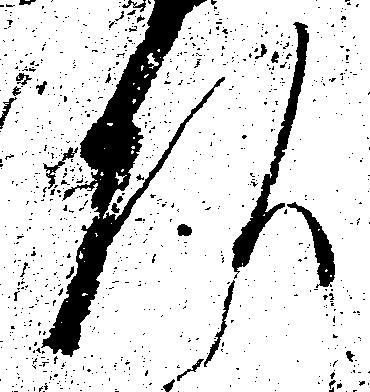
頭